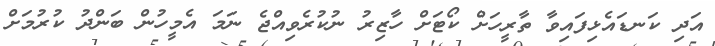
އަދި ކަނޑައެޅިފައިވާ ތާރީހަށް ކޯޓަށް ހާޒިރު ނުކުރެވިއްޖެ ނަމަ އެމީހުން ބަންދު ކުރުމަށް